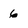
Character: 6